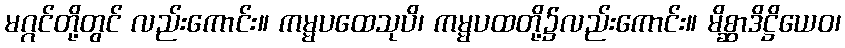
မဂ္ဂင်တို့တွင် လည်းကောင်း။ ကမ္မပထေသုပိ၊ ကမ္မပထတို့၌လည်းကောင်း။ မိစ္ဆာဒိဋ္ဌိယေဝ၊